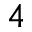
_ 4